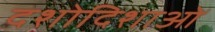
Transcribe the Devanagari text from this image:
दशोदिशाओं